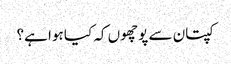
کپتان سے پوچھوں کہ کیا ہوا ہے؟